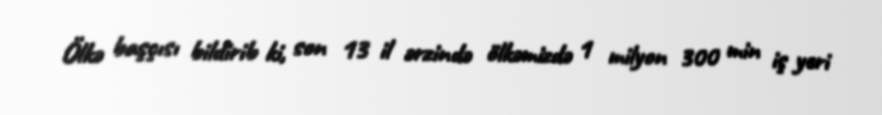
Ölkə başçısı bildirib ki, son 13 il ərzində ölkəmizdə 1 milyon 300 min iş yeri